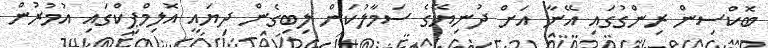
ބޮކްސިން ރިންގުގައި އޭނާ އަށް ދުނިޔޭގެ ސަމާލުކަން ލިބިގެން ދިޔައީ އޮލިމްޕިކްގައި އުމުރުން